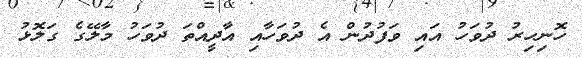
ހޮނިހިރު ދުވަހު އައި ވަފުދުން އެ ދުވަހާއި އާދީއްތަ ދުވަހު މާލޭގެ ގަލޮޅު